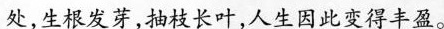
处,生根发芽,抽枝长叶,人生因此变得丰盈。